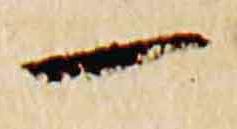
一